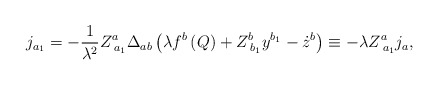
\begin{align*}j_{a_1}=-\frac 1{\lambda ^2}Z_{\;a_1}^a\Delta _{ab}\left(\lambda f^b\left( Q\right) +Z_{\;b_1}^by^{b_1}-\dot z^b\right) \equiv-\lambda Z_{\;a_1}^aj_a,\end{align*}